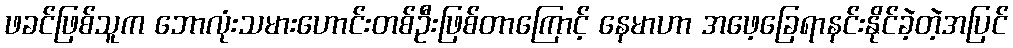
ဖခင်ဖြစ်သူက ဘောလုံးသမားဟောင်းတစ်ဦးဖြစ်တာကြောင့် နေမာဟာ အဖေ့ခြေရာနင်းနိုင်ခဲ့တဲ့အပြင်